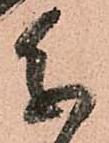
参